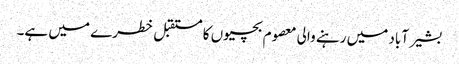
بشیر آباد میں رہنے والی معصوم بچیوں کا مستقبل خطرے میں ہے۔